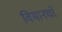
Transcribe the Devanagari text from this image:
विमानघरे